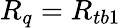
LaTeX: R_{q}=R_{tb1}